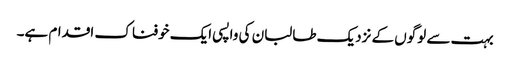
بہت سے لوگوں کے نزدیک طالبان کی واپسی ایک خوفناک اقدام ہے۔